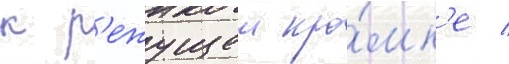
к р'ежущеи кро́мк'е /